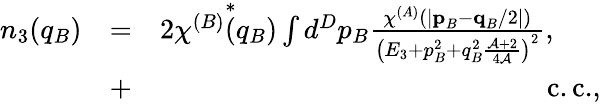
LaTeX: \begin{array}{rlr}{n_{3}(q_{B})}&{=}&{2\chi^{(B)}\overset{*}{(}q_{B})\int d^{D}p_{B}\frac{\chi^{(A)}(\lvert\textbf{p}_{B}-\textbf{q}_{B}/2\rvert)}{\left(E_{3}+p_{B}^{2}+q_{B}^{2}\frac{\mathcal{A}+2}{4\mathcal{A}}\right)^{2}},\ \ \ \ \ \ }\\ &{+}&{\mathrm{c.c.},}\end{array}